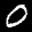
Label: 0